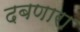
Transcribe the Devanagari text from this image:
दबणारा